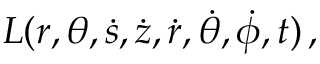
L ( r , \theta , { \dot { s } } , { \dot { z } } , { \dot { r } } , { \dot { \theta } } , { \dot { \phi } } , t ) \, ,